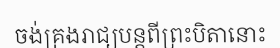
ចង់គ្រងរាជ្យបន្តពីព្រះបិតានោះ